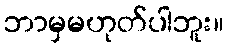
ဘာမှမဟုတ်ပါဘူး။